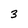
Character: 3